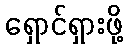
ရှောင်ရှားဖို့